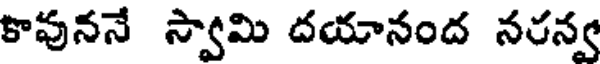
కావుననే స్వామి దయానంద నరన్వ